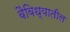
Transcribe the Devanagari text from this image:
वैविध्यातील